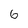
Character: 6